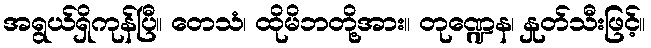
အရွယ်ရှိကုန်ပြီ။ တေသံ၊ ထိုမိဘတို့အား။ တုဏ္ဍေန၊ နှုတ်သီးဖြင့်။